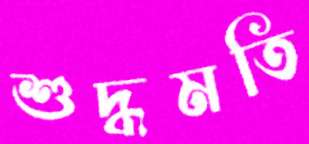
শুদ্ধমতি